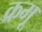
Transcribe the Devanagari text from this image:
क्रमू